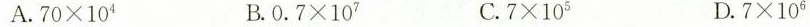
A. $$ 7 0 \times 1 0 ^ { 4 } B. $$0 . 7 \times 1 0 ^ { 7 }$$ C. $$7 \times 1 0 ^ { 5 }$$ D. $$7 \times 1 0 ^ { 6 }$$